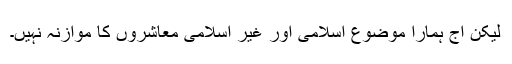
لیکن آج ہمارا موضوع اسلامی اور غیر اسلامی معاشروں کا موازنہ نہیں۔